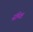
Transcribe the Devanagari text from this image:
संमिक्ष